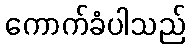
ကောက်ခံပါသည်